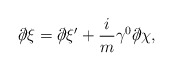
\begin{align*}\partial \!\!\!/ \xi = \partial \!\!\!/ \xi^\prime + \frac{i}{m} \gamma^0 \partial \!\!\!/ \chi ,\end{align*}